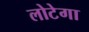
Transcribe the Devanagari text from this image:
लोटेगा